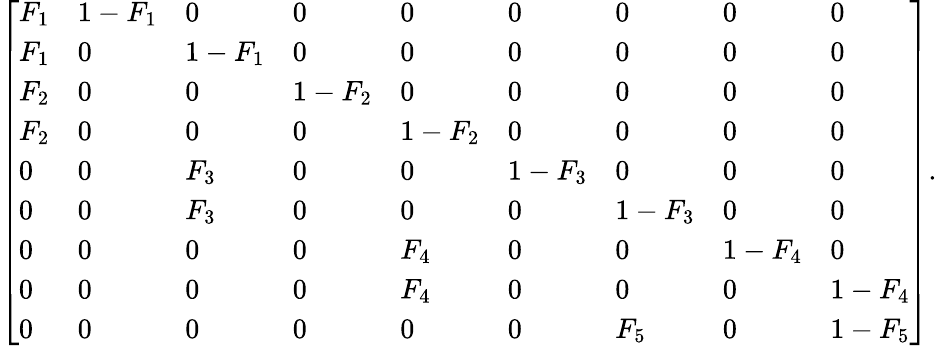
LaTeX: {\left[\begin{array}{lllllllll}{F_{1}}&{1-F_{1}}&{0}&{0}&{0}&{0}&{0}&{0}&{0}\\ {F_{1}}&{0}&{1-F_{1}}&{0}&{0}&{0}&{0}&{0}&{0}\\ {F_{2}}&{0}&{0}&{1-F_{2}}&{0}&{0}&{0}&{0}&{0}\\ {F_{2}}&{0}&{0}&{0}&{1-F_{2}}&{0}&{0}&{0}&{0}\\ {0}&{0}&{F_{3}}&{0}&{0}&{1-F_{3}}&{0}&{0}&{0}\\ {0}&{0}&{F_{3}}&{0}&{0}&{0}&{1-F_{3}}&{0}&{0}\\ {0}&{0}&{0}&{0}&{F_{4}}&{0}&{0}&{1-F_{4}}&{0}\\ {0}&{0}&{0}&{0}&{F_{4}}&{0}&{0}&{0}&{1-F_{4}}\\ {0}&{0}&{0}&{0}&{0}&{0}&{F_{5}}&{0}&{1-F_{5}}\end{array}\right]}.